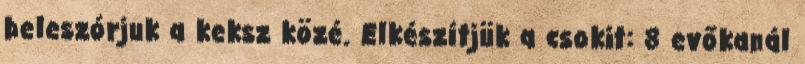
beleszórjuk a keksz közé. Elkészítjük a csokit: 8 evőkanál